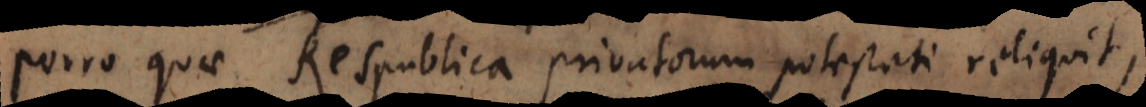
Porro quae Respublica privatorum potestati reliquit,